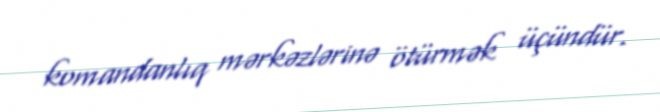
komandanlıq mərkəzlərinə ötürmək üçündür.